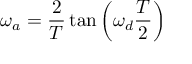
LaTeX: \omega _ { a } = { \frac { 2 } { T } } \tan \left( \omega _ { d } { \frac { T } { 2 } } \right)